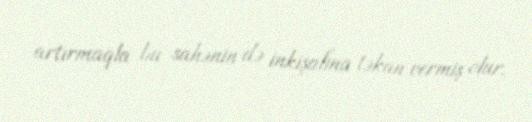
artırmaqla bu sahənin də inkişafına təkan vermiş olur.